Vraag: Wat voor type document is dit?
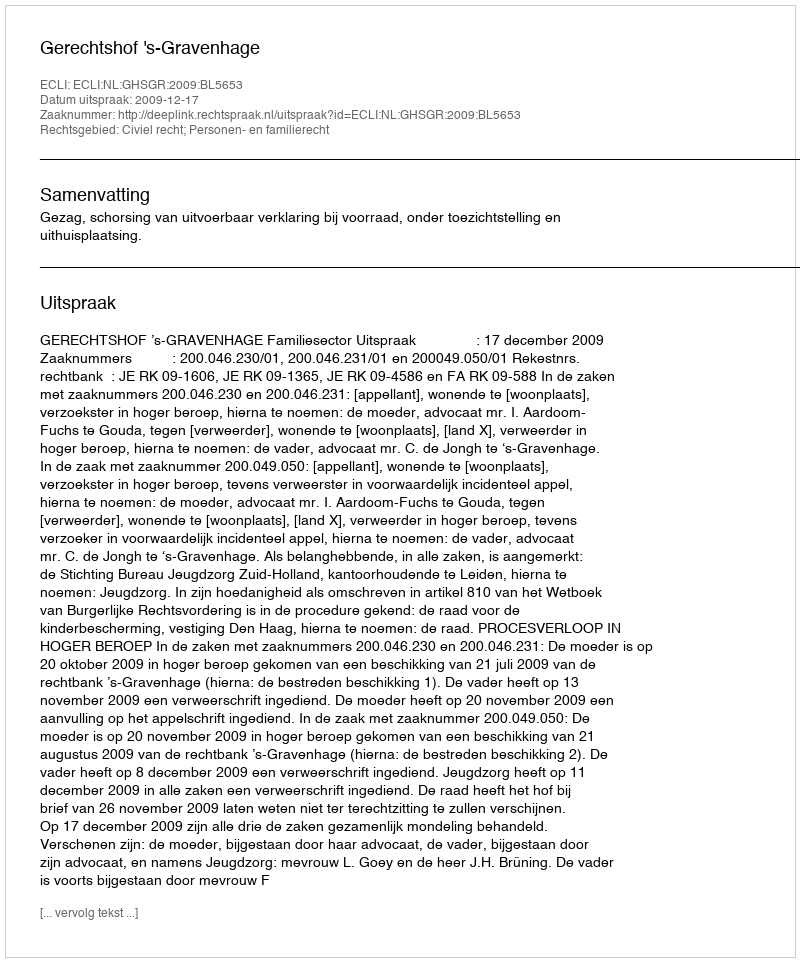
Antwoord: Uitspraak